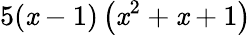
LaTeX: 5(\mathit{x}-1)\left(\mathit{x}^{2}+\mathit{x}+1\right)